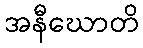
အနီဃောတိ